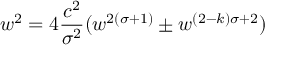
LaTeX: w ^ { 2 } = 4 { \frac { c ^ { 2 } } { \sigma ^ { 2 } } } ( w ^ { 2 ( \sigma + 1 ) } \pm w ^ { ( 2 - k ) \sigma + 2 } )